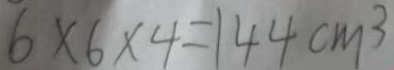
6 \times 6 \times 4 = 1 4 4 c m ^ { 3 }